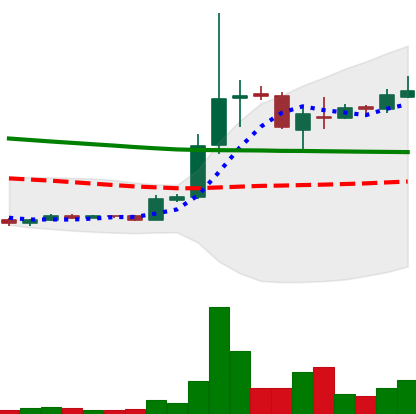
Ticker: XRP-USD
Chart end date: 2018-09-30
Forward return: -10.755%
Label: down_7plus